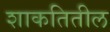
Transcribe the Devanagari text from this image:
शाकतितील